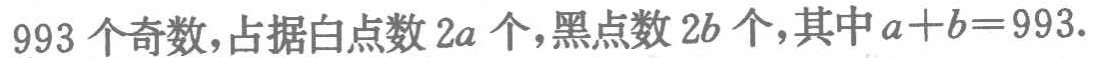
993个奇数，占据白点数\(2a\)个，黑点数\(2b\)个，其中\(a + b = 993\).